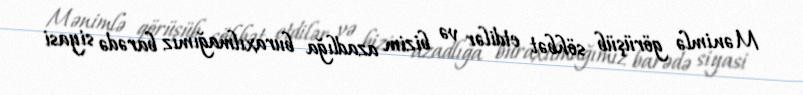
Mənimlə görüşüb söhbət etdilər və bizim azadlığa buraxılmağımız barədə siyasi